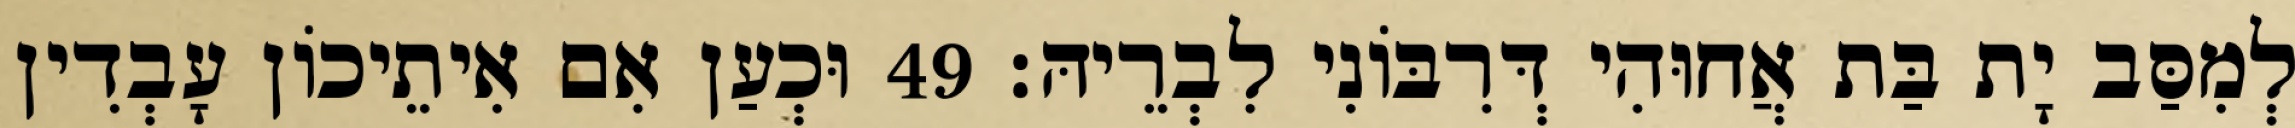
לְמִסַּב יָת בַּת אֲחוּהִי דְּרִבּוֹנִי לִבְרֵיהּ׃ 49 וּכְעַן אִם אִיתֵיכוֹן עָבְדִין